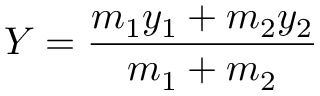
Y = { \frac { m _ { 1 } y _ { 1 } + m _ { 2 } y _ { 2 } } { m _ { 1 } + m _ { 2 } } }